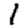
Digit: 1